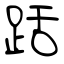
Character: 䟯